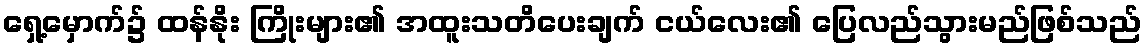
ရှေ့မှောက်၌ ထန်နိုး ကြိုးများ၏ အထူးသတိပေးချက် ငယ်လေး၏ ပြေလည်သွားမည်ဖြစ်သည်